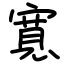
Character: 寬